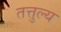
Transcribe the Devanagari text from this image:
तत्तुल्य